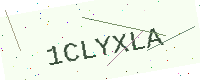
Text: 1CLYXLA